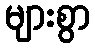
များစွာ